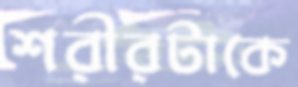
শরীরটাকে